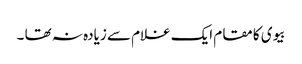
بیوی کا مقام ایک غلام سے زیادہ نہ تھا ۔